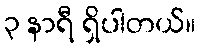
၃ နာရီ ရှိပါတယ်။